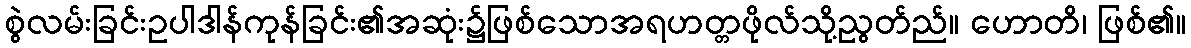
စွဲလမ်းခြင်းဥပါဒါန်ကုန်ခြင်း၏အဆုံး၌ဖြစ်သောအရဟတ္တဖိုလ်သို့ညွတ်ည်။ ဟောတိ၊ ဖြစ်၏။